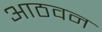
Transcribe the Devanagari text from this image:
आठवन